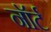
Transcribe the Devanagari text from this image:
नॉर्ट